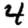
Digit: 4